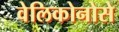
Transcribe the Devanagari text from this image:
वेलिकोनोसे